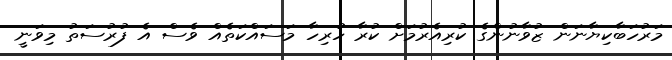
މަރުހަބާކިޔާނަން ޒުވާނުންގެ ކުރިއެރުމަށް ކުރާ ހުރިހާ މަސައްކަތެއް ވެސް އެ ފުރުސަތު މިވަނީ